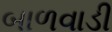
બાળવાડી